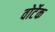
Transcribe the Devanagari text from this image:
वोर्टेक